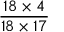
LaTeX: \frac { 1 8 \times 4 } { 1 8 \times 1 7 }